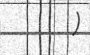
)